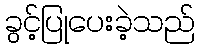
ခွင့်ပြုပေးခဲ့သည်